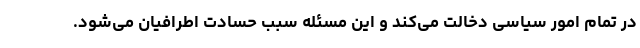
در تمام امور سیاسی دخالت می‌کند و این مسئله سبب حسادت اطرافیان می‌شود.